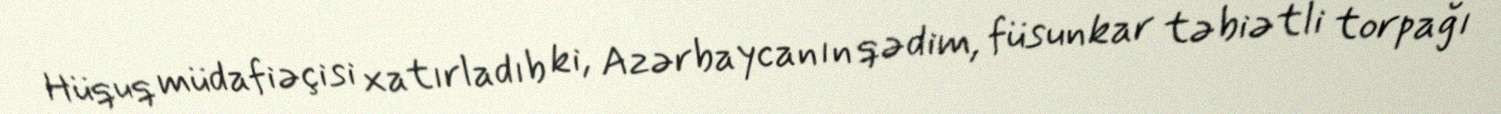
Hüquq müdafiəçisi xatırladıb ki, Azərbaycanın qədim, füsunkar təbiətli torpağı